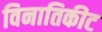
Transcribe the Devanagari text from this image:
विनातिकीट